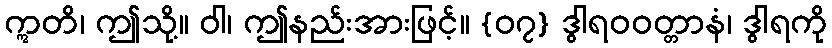
ဣတိ၊ ဤသို့။ ဝါ၊ ဤနည်းအားဖြင့်။ {၀၇} ဒွါရဝဝတ္တာနံ၊ ဒွါရကို